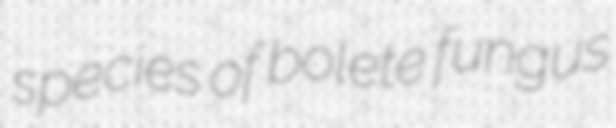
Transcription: species of bolete fungus